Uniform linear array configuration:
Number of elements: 16
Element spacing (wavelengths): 0.5
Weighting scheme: uniform
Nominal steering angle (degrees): -60
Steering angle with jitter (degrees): -58.806
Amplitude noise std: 0.05
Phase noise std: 0.05

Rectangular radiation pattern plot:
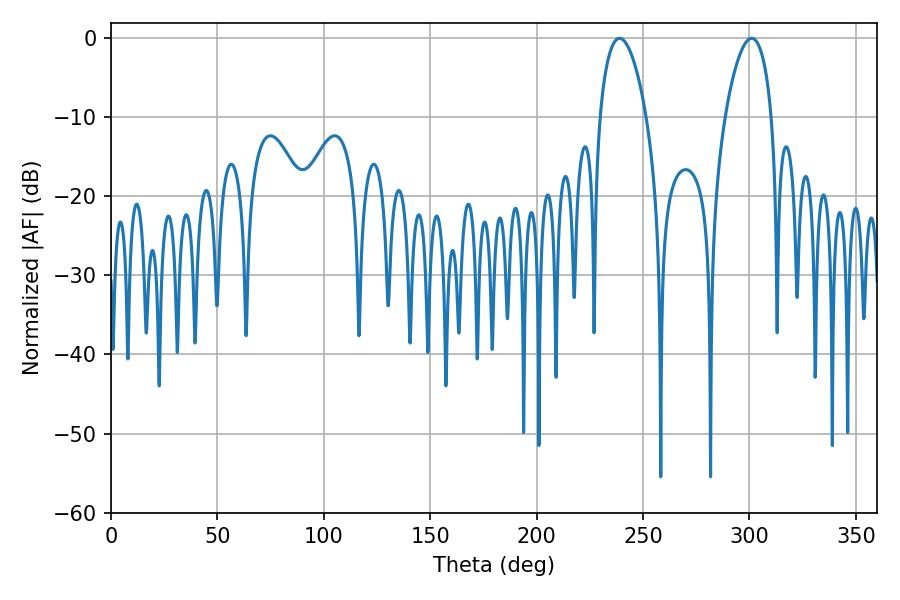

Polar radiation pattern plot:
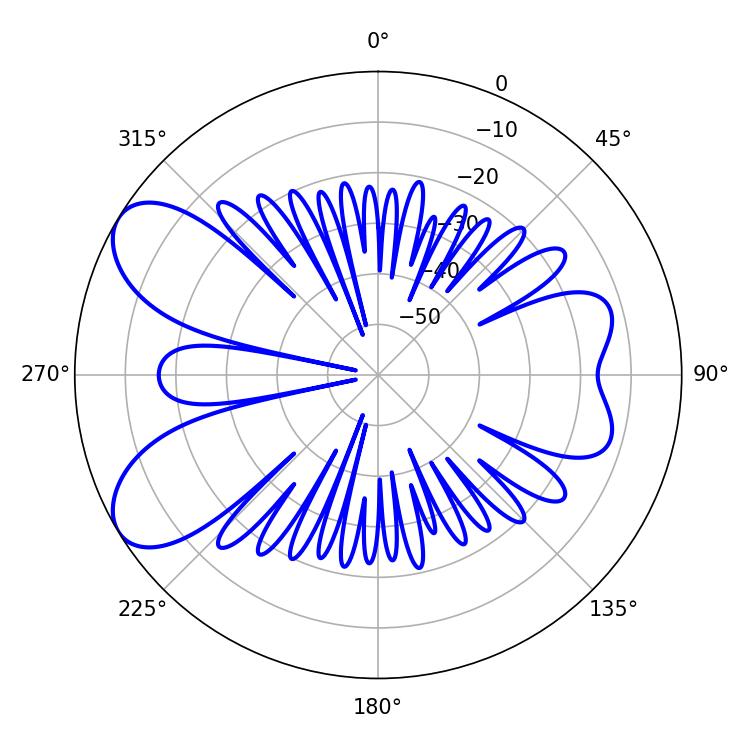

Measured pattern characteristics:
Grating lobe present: FALSE
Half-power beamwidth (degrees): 12.24
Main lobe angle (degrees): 239.04